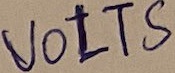
Text: VOLTS